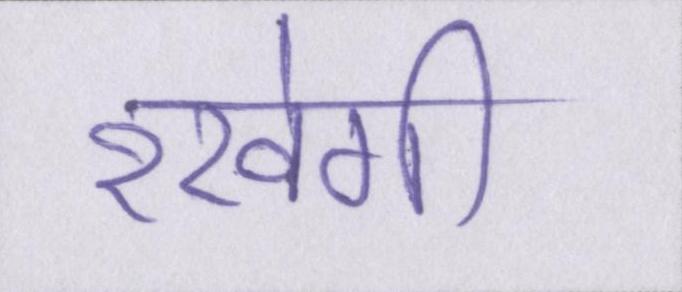
रखेगी